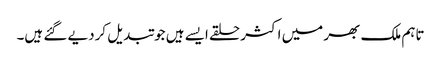
تاہم ملک بھر میں اکثر حلقے ایسے ہیں جو تبدیل کردیے گئے ہیں۔